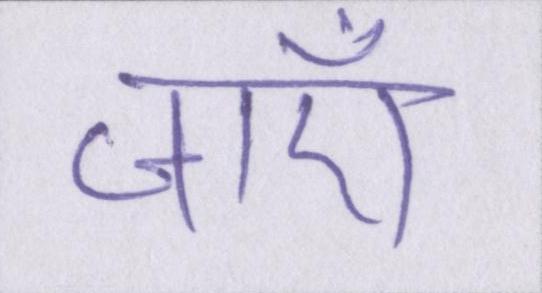
जाँए